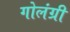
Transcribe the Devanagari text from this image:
गोलंग्री